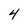
Character: 4